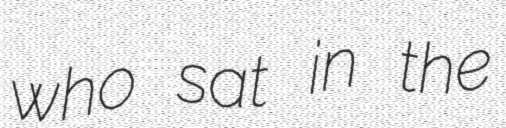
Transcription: who sat in the